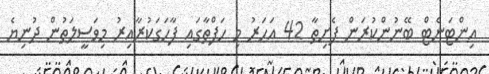
އިންޓަނެޓް ބޭނުންކުރަން ފެށިތާ 42 އަހަރު މި ހަފްތާގައި ފާހަގަކުރާއިރު މިވަސީލަތުން ދުނިޔެ